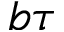
b \tau